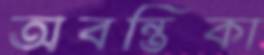
অবন্তিকা